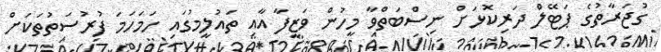
ގުޖަރާތުގެ ޕަޓޭލް ދަރިކޮޅަށް ނިސްބަތްވާ މީހުން ވަޒީފާ އާއި ތައުލީމުގައި ހަމަހަމަ ފުރުސަތުތަކަށް